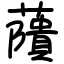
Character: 藬